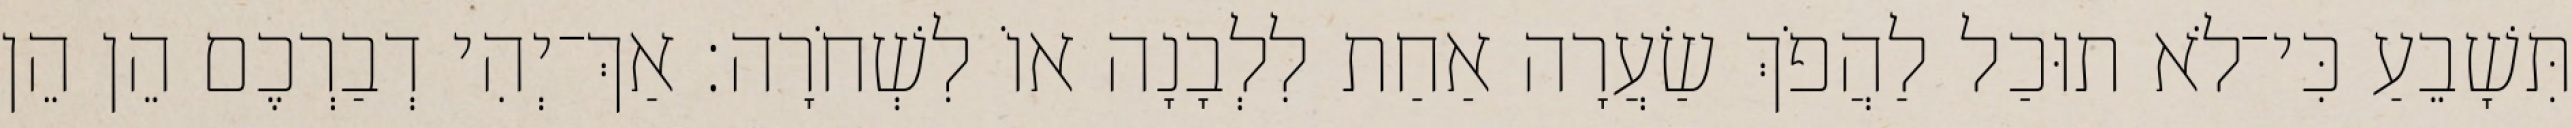
תִּשָׁבֵעַ כִּי־לֹא תוּכַל לַהֲפֹךְ שַׂעֲרָה אַחַת לִלְבָנָה אוֹ לִשְׁחֹרָה׃ אַךְ־יְהִי דְבַרְכֶם הֵן הֵן